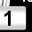
Digit: 1